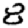
Digit: 8